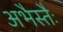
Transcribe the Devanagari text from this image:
अभैस्तैः